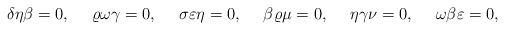
LaTeX: \begin{align*} \delta \eta \beta &= 0, & \varrho \omega \gamma &= 0, & \sigma \varepsilon \eta &= 0, & \beta \varrho \mu &= 0, & \eta \gamma \nu &= 0, & \omega \beta \varepsilon &= 0,\end{align*}